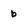
Character: b